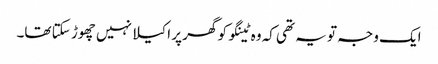
ایک وجہ تو یہ تھی کہ وہ ٹینگو کو گھر پر اکیلا نہیں چھوڑ سکتا تھا۔